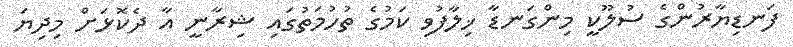
ފަނޑިޔާރުންގެ ސުލޫކީ މިންގަނޑާ ޚިލާފުވި ކަމުގެ ތުހުމަތުގައި ޝިރާނީ އާ ދެކޮޅަށް މިދިޔަ